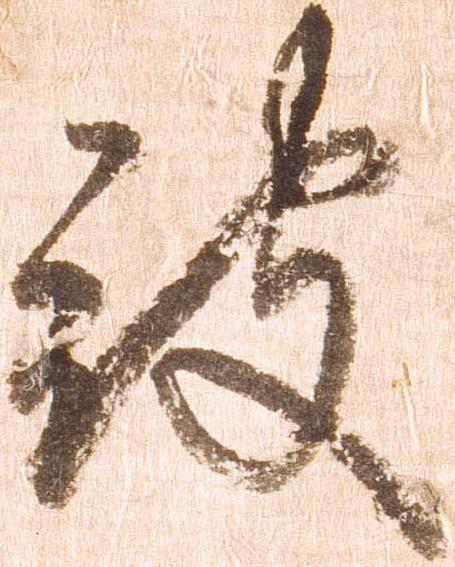
被